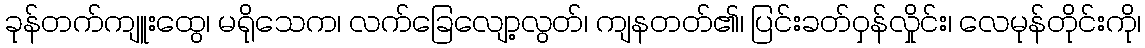
ခုန်တက်ကျူးထွေ၊ မရိုသေက၊ လက်ခြေလျော့လွတ်၊ ကျနတတ်၏၊ ပြင်းခတ်ဝှန်လှိုင်း၊ လေမုန်တိုင်းကို၊